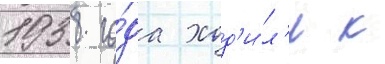
1938 го́да ход'и́л'и к